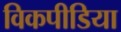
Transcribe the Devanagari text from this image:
विकपीडिया